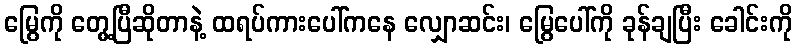
မြွေကို တွေ့ပြီဆိုတာနဲ့ ထရပ်ကားပေါ်ကနေ လျှောဆင်း၊ မြွေပေါ်ကို ခုန်ချပြီး ခေါင်းကို